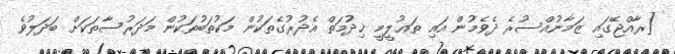
[ރާއްޖޭގައި ޒަމާނުއްސުރެ ދެވެމުން އައި ތަޢުލީމީ ޚިދުމަތް އެދުރުގެތަކުން މަކުތަބުތަކުން މަދަރުސާތަކަށް ބަދަލުވެ